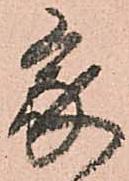
家